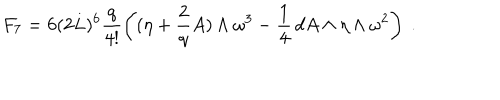
F _ { 7 } = 6 ( 2 L ) ^ { 6 } \frac { q } { 4 ! } \left( ( \eta + \frac { 2 } { q } A ) \wedge \omega ^ { 3 } - \frac { 1 } { 4 } \, d A \wedge \eta \wedge \omega ^ { 2 } \right) \ .